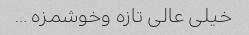
خیلی عالی تازه وخوشمزه …